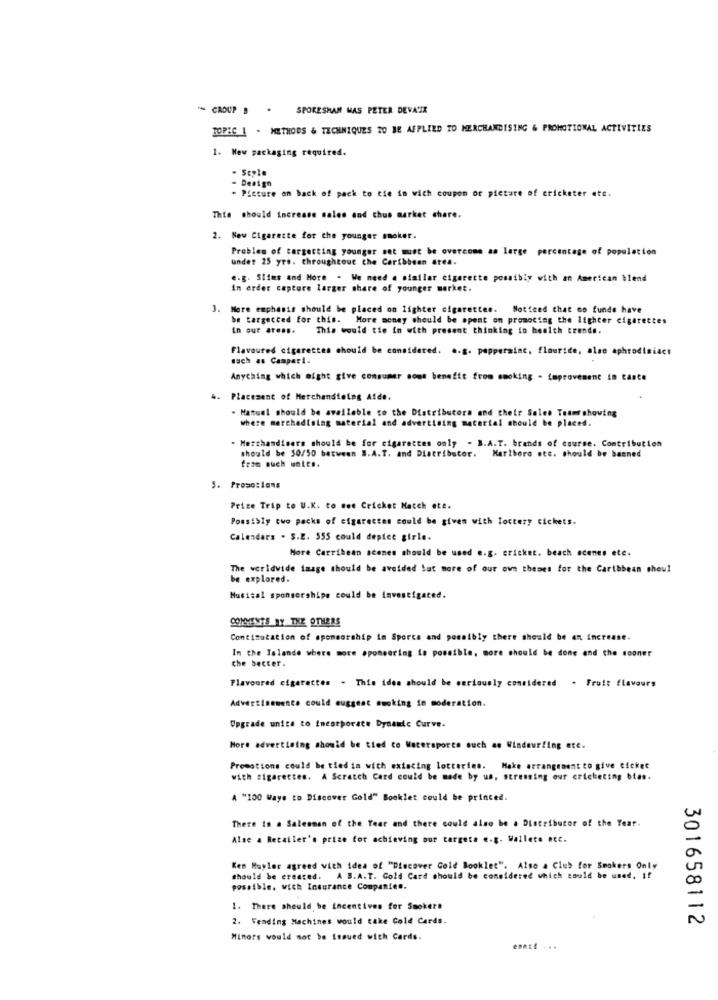
"= CROUP " . SPOKESMAN MAS PETER DEVACIA
TOPIC & . METHODS & TECHNIQUES TO BE APPLIED TO MERCHANDISING & PROMOTIONAL ACTIVITIES
1. Mew packaging required.
Style
Design
. Picture on back of pack to tie in wich coupon or picture of cricketer etc.
This should increase sales and chus market share.
2. New Cigarette for the younger smoker.
Problem of targetting younger set must be overcome as large percentage of population
under 25 yrs. throughout the Caribbean atea.
e.g. Slims and More . We need a similar cigarette possibly with an American blend
In order capture larger share of younger market.
3. More emphasis should be placed on lighter cigarettes. Noticed that no fundo have
Noticed that no funde have
be targecced for this.
be targecced for this. More money should be spent on promoting the lighter cigarettes
In our arens.
This would tie in with present thinking io health trends.
Flavoured cigarettes should be considered. .. g. peppermint, flouride, also aphrodisiact
much as Campari.
Anything which might give consumer sont benefit from smoking - improvement in cante
4. Placement of Merchandising Atde.
. Manual should be available to the Distributors and their Sales Teams showing
where marchadining material and advertising material should be placed.
. Merchandisers should be for cigarettes only . B.A.T. brands of course. Contribution
should be 50/50 between B.A.T. and Distributor. Marlboro etc. should be banned
from such antes.
5. Promotions
Prize Trip to U.K. to moe Cricket Match ete.
Possibly two packs of cigarettes could be given with lottery tickets.
Calendars . S.E. 555 could deptee girle.
More Carribean scones should be used e.g. cricket. beach scenes etc.
The worldwide image should be avoided Sut more of our own themes for the Caribbean sheul
be explored.
Musical sponsorships could be Investigated.
COMMENTS BY THE OTHERS
Contimutation of sponsorship in Sports and possibly there should be an increase.
In the Islande where more sponsoring is possible, more should be done and the sooner
che soccer.
Flavoured cigarettes . This idea should be seriously considered . Fruit flavours
Advertisemento could suggest sucking in moderation.
Upgrade unite to incorporate Dynamic Curve.
Hore advertising should be tied to Watersporce such mo Windsurfing ete.
Promotions could be tied in with existing lotteries. Make arrangement to give ticket
with sigaretten. A Scratch Card could be made by us, stressing our cricketing bias.
A "100 Ways to Discover Gold" Booklet could be printed.
There is a Salesman of the Year and there could also be a Distributor of the Year.
Alse a Retailer's prize for achieving our targeta e.g. Wallete ecc.
Ken Huyler agreed with idea of "Discover Gold Booklet". Also a Club for Smokers Only
should be created. A B.A.T. Gold Card should be considered which could be used. If
possible. wich Insurance Companies.
1. There should be incentives for Smokers
2. Vending Machines would take Cold Cards.
301658112
Minors would not be issued with Cards.
enat. ...